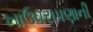
ખાઉધરાપણાની